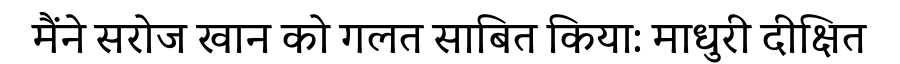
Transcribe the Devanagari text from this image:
मैंने सरोज खान को गलत साबित किया: माधुरी दीक्षित